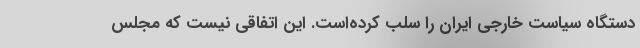
دستگاه سیاست خارجی ایران را سلب کرده‌است. این اتفاقی نیست که مجلس